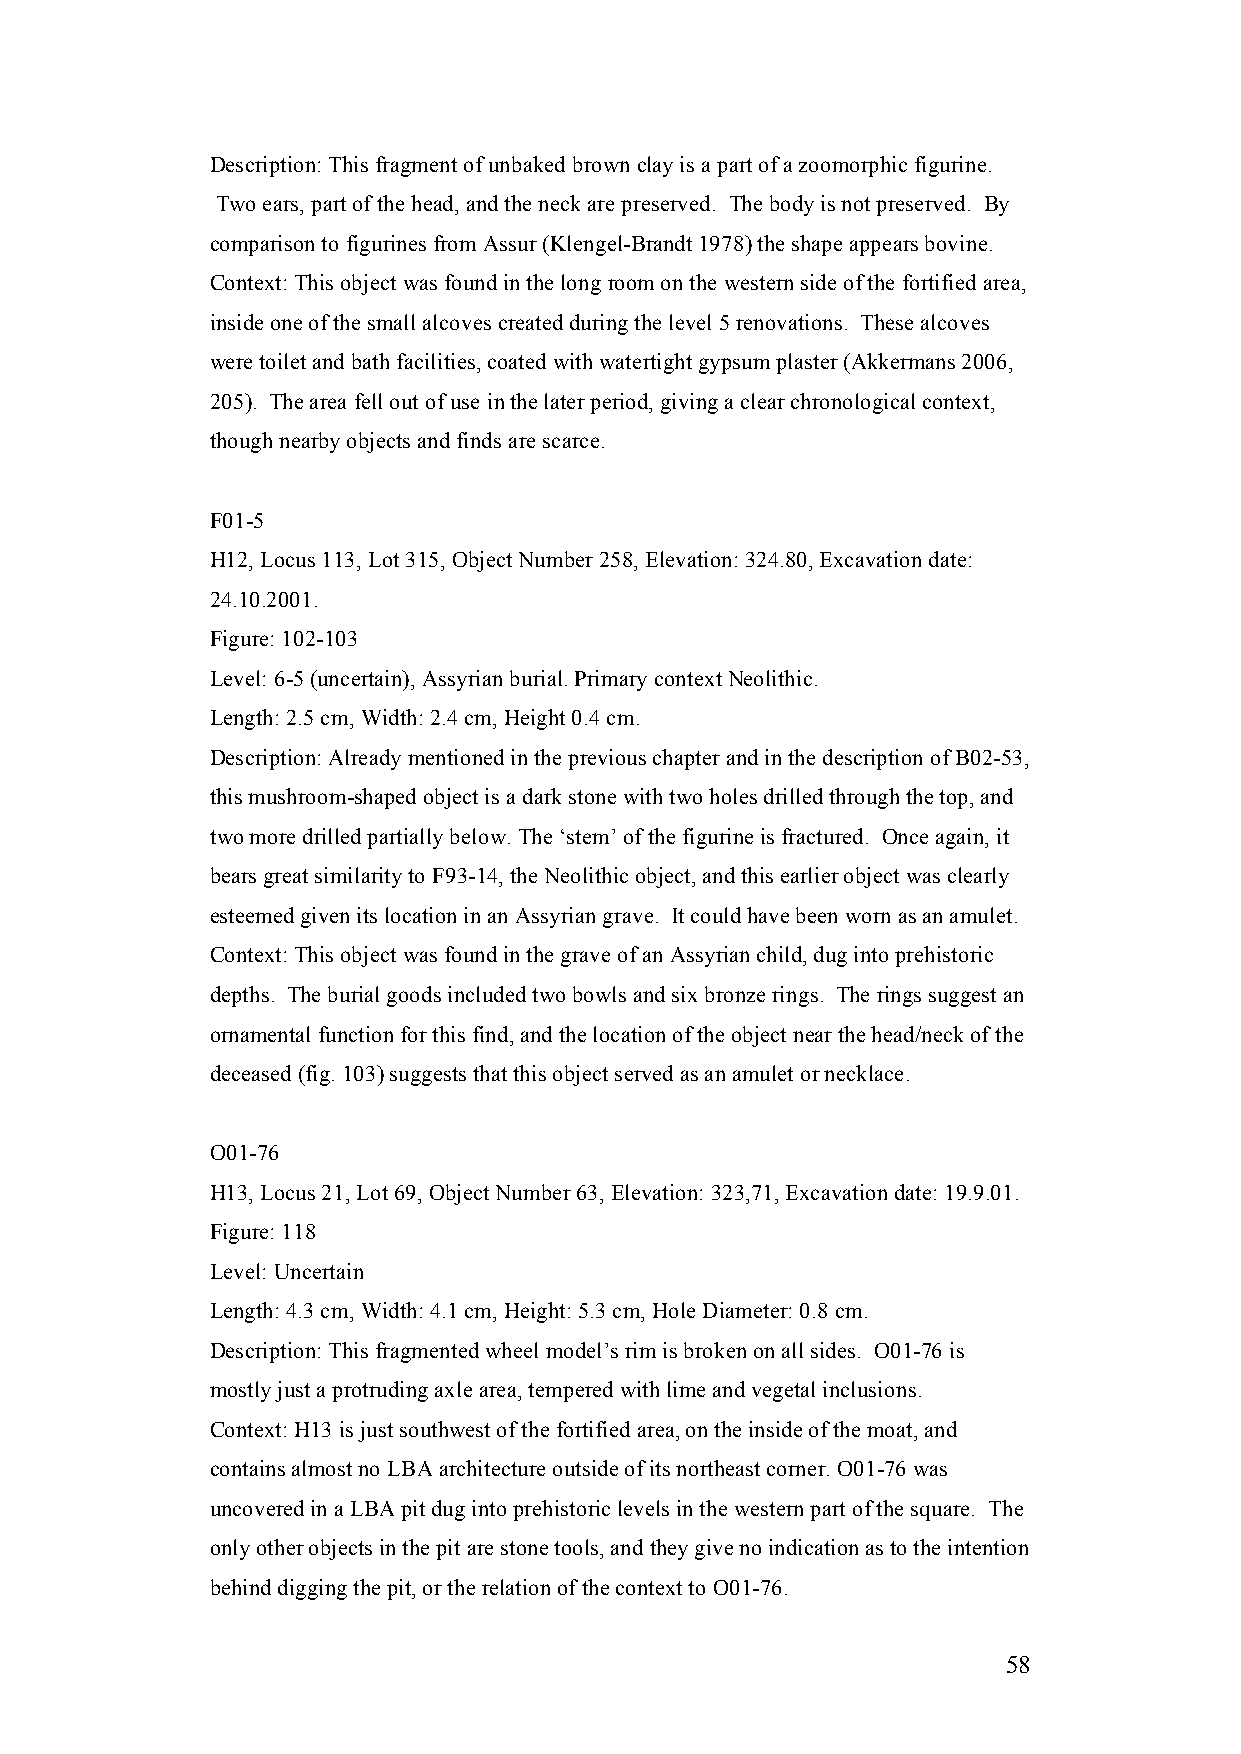
Description: This fragment of unbaked brown clay is a part of a zoomorphic figurine.
 Two ears, part of the head, and the neck are preserved. The body is not preserved. By
 comparison to figurines from Assur (Klengel-Brandt 1978) the shape appears bovine.
 Context: This object was found in the long room on the western side of the fortified area,
 inside one of the small alcoves created during the level 5 renovations. These alcoves
 were toilet and bath facilities, coated with watertight gypsum plaster (Akkermans 2006,
 205). The area fell out of use in the later period, giving a clear chronological context,
 though nearby objects and finds are scarce.
 F01-5
 H12, Locus 113, Lot 315, Object Number 258, Elevation: 324.80, Excavation date:
 24.10.2001.
 Figure: 102-103
 Level: 6-5 (uncertain), Assyrian burial. Primary context Neolithic.
 Length: 2.5 cm, Width: 2.4 cm, Height 0.4 cm.
 Description: Already mentioned in the previous chapter and in the description of B02-53,
 this mushroom-shaped object is a dark stone with two holes drilled through the top, and
 two more drilled partially below. The ‘stem’ of the figurine is fractured. Once again, it
 bears great similarity to F93-14, the Neolithic object, and this earlier object was clearly
 esteemed given its location in an Assyrian grave. It could have been worn as an amulet.
 Context: This object was found in the grave of an Assyrian child, dug into prehistoric
 depths. The burial goods included two bowls and six bronze rings. The rings suggest an
 ornamental function for this find, and the location of the object near the head/neck of the
 deceased (fig. 103) suggests that this object served as an amulet or necklace.
 O01-76
 H13, Locus 21, Lot 69, Object Number 63, Elevation: 323,71, Excavation date: 19.9.01.
 Figure: 118
 Level: Uncertain
 Length: 4.3 cm, Width: 4.1 cm, Height: 5.3 cm, Hole Diameter: 0.8 cm.
 Description: This fragmented wheel model’s rim is broken on all sides. O01-76 is
 mostly just a protruding axle area, tempered with lime and vegetal inclusions.
 Context: H13 is just southwest of the fortified area, on the inside of the moat, and
 contains almost no LBA architecture outside of its northeast corner. O01-76 was
 uncovered in a LBA pit dug into prehistoric levels in the western part of the square. The
 only other objects in the pit are stone tools, and they give no indication as to the intention
 behind digging the pit, or the relation of the context to O01-76.
 58